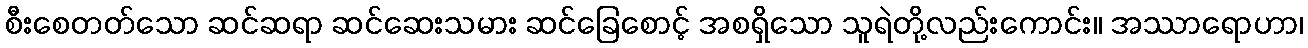
စီးစေတတ်သော ဆင်ဆရာ ဆင်ဆေးသမား ဆင်ခြေစောင့် အစရှိသော သူရဲတို့လည်းကောင်း။ အဿာရောဟာ၊